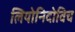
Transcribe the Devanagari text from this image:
लियोनिदोविच